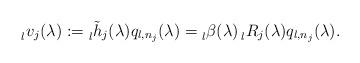
LaTeX: \begin{align*} \prescript{}{l}{v}_j(\lambda) := \prescript{}{l}{\tilde{h}}_j(\lambda) q_{l,n_j}(\lambda)=\prescript{}{l}{\beta}(\lambda) \prescript{}{l}{R}_j(\lambda)q_{l,n_j}(\lambda).\end{align*}